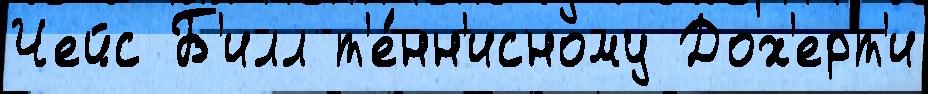
Чейс Б'илл т'е́нн'исному Дох'ерт'и